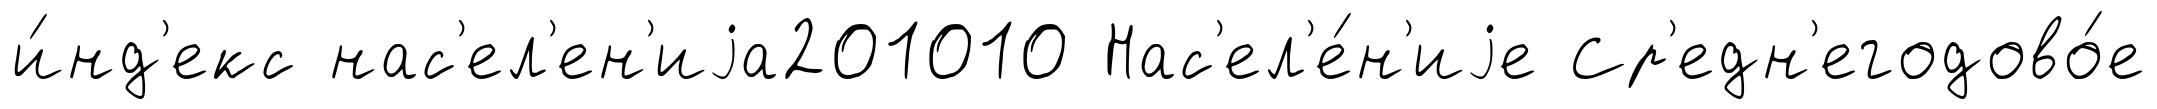
и́нд'екс нас'ел'ен'иjа201010 Нас'ел'е́н'иjе Ср'едн'егодово́е